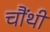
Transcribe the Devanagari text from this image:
चौंथी